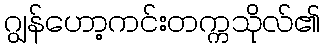
ဂျွန်ဟော့ကင်းတက္ကသိုလ်၏